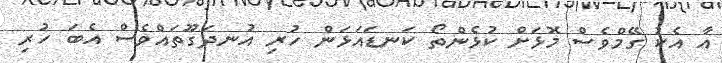
އާ އެކު ގޭމްވެސް މޮޅަށް ކުޅެންތޯ ކަނޑައަޅަން ހުރި އުނދަގޫތައްވެސް އެބަ ހުރި